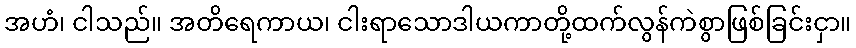
အဟံ၊ ငါသည်။ အတိရေကာယ၊ ငါးရာသောဒါယကာတို့ထက်လွန်ကဲစွာဖြစ်ခြင်းငှာ။